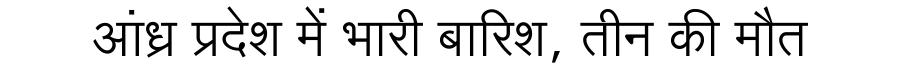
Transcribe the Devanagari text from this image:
आंध्र प्रदेश में भारी बारिश, तीन की मौत